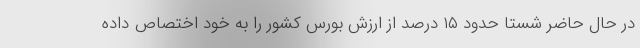
در حال حاضر شستا حدود ۱۵ درصد از ارزش بورس کشور را به خود اختصاص داده